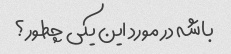
باشه در مورد این یکی چطور؟